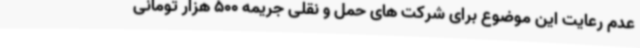
عدم رعایت این موضوع برای شرکت های حمل و نقلی جریمه 500 هزار تومانی